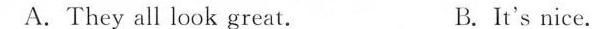
A.They all look great. B.It's nice.